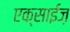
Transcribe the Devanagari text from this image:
एक्साईज़